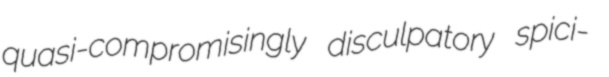
quasi-compromisingly disculpatory spici-